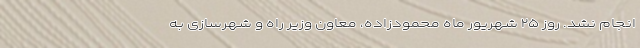
انجام نشد. روز ۲۵ شهریور ماه محمودزاده، معاون وزیر راه و شهرسازی به